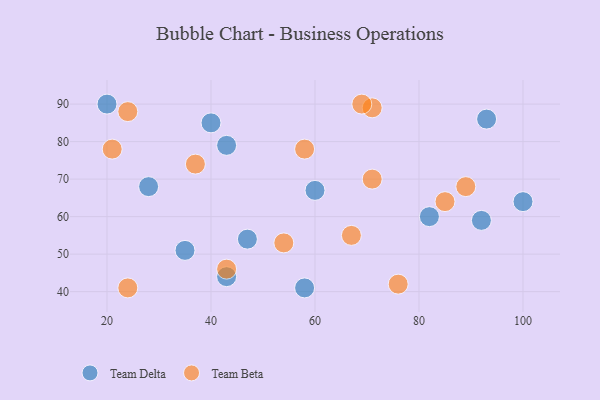
{"axis": {"x": "GDP", "y": "Life Expectancy"}, "legend": ["Team Beta", "Team Delta"], "data": [{"x": "43", "y": 44, "type": "Team Delta"}, {"x": "43", "y": 79, "type": "Team Delta"}, {"x": "60", "y": 67, "type": "Team Delta"}, {"x": "47", "y": 54, "type": "Team Delta"}, {"x": "35", "y": 51, "type": "Team Delta"}, {"x": "82", "y": 60, "type": "Team Delta"}, {"x": "93", "y": 86, "type": "Team Delta"}, {"x": "100", "y": 64, "type": "Team Delta"}, {"x": "28", "y": 68, "type": "Team Delta"}, {"x": "92", "y": 59, "type": "Team Delta"}, {"x": "20", "y": 90, "type": "Team Delta"}, {"x": "58", "y": 41, "type": "Team Delta"}, {"x": "40", "y": 85, "type": "Team Delta"}, {"x": "24", "y": 88, "type": "Team Beta"}, {"x": "85", "y": 64, "type": "Team Beta"}, {"x": "67", "y": 55, "type": "Team Beta"}, {"x": "76", "y": 42, "type": "Team Beta"}, {"x": "58", "y": 78, "type": "Team Beta"}, {"x": "71", "y": 89, "type": "Team Beta"}, {"x": "21", "y": 78, "type": "Team Beta"}, {"x": "37", "y": 74, "type": "Team Beta"}, {"x": "54", "y": 53, "type": "Team Beta"}, {"x": "69", "y": 90, "type": "Team Beta"}, {"x": "24", "y": 41, "type": "Team Beta"}, {"x": "43", "y": 46, "type": "Team Beta"}, {"x": "89", "y": 68, "type": "Team Beta"}, {"x": "71", "y": 70, "type": "Team Beta"}]}